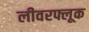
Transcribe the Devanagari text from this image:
लीवरफ्लूक